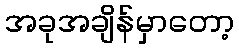
အခုအချိန်မှာတော့